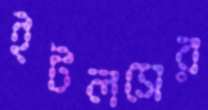
ইটলসের